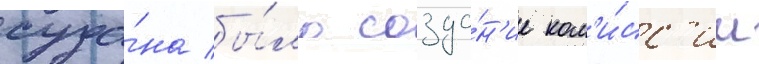
суда́на бы́ло созда́н'ие ком'и́сс'ии